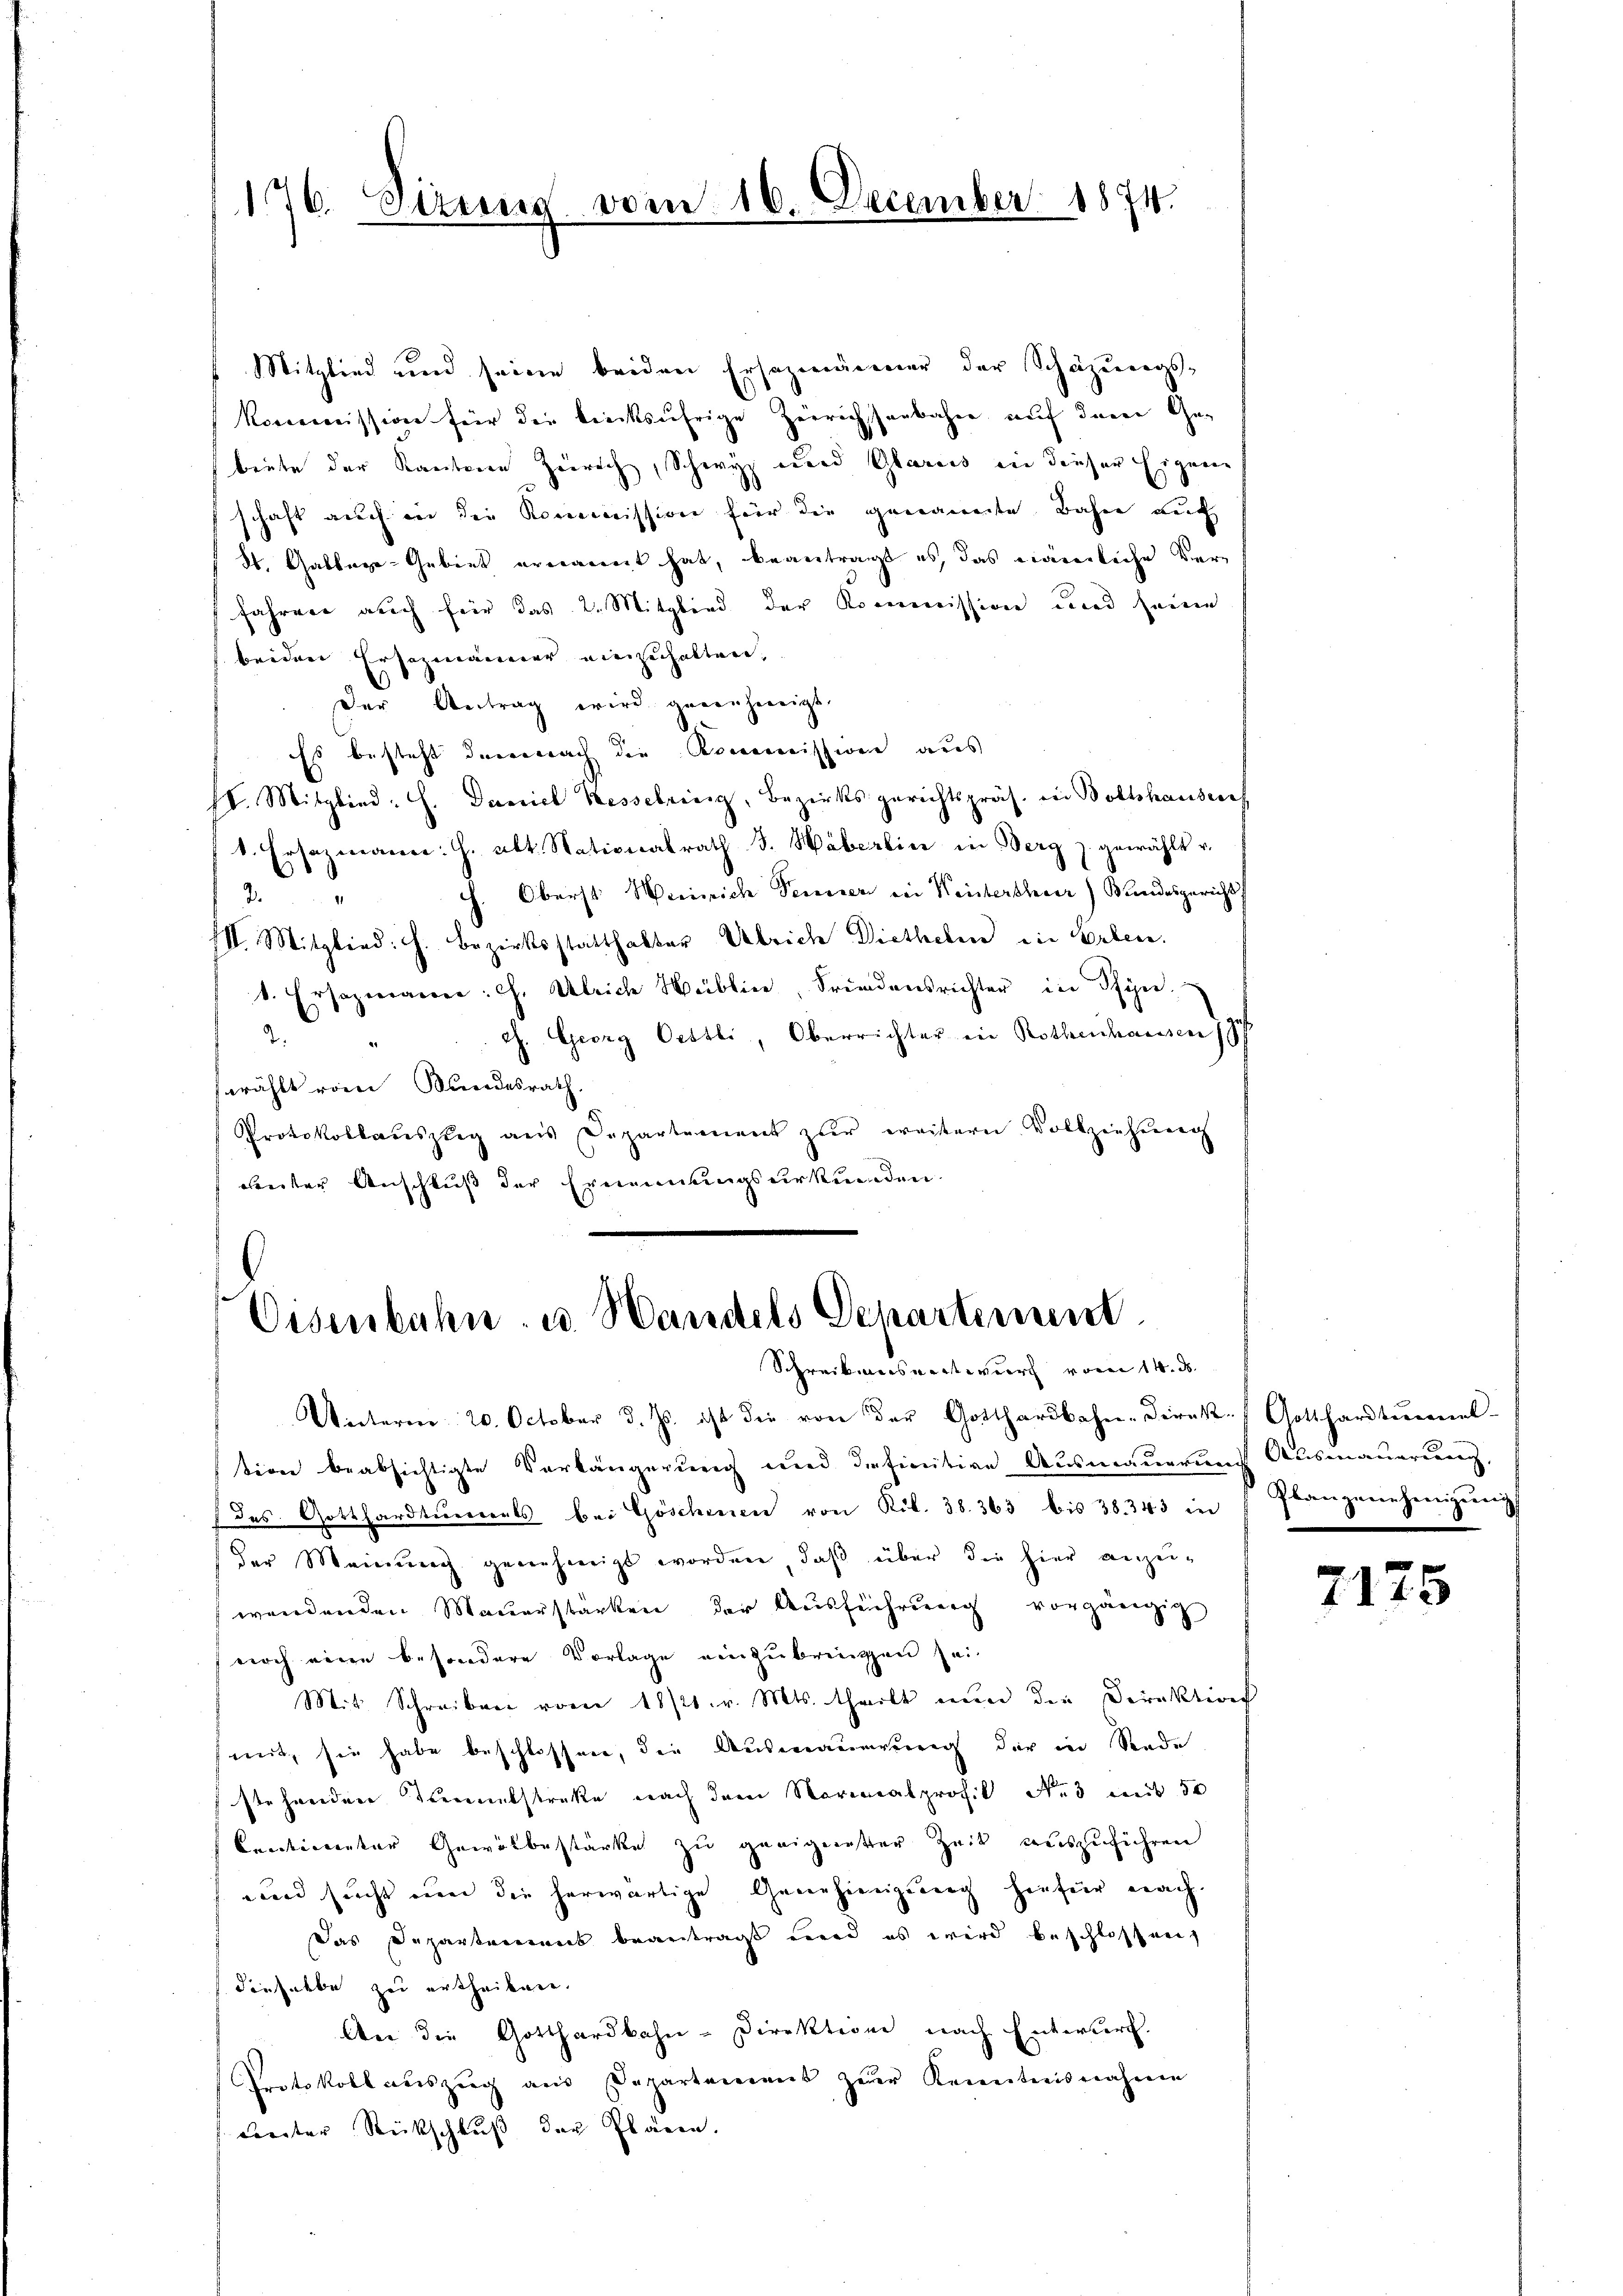
176. Sireren vom 16. December 1874.

Mitglied und seine beiden Ersezmänner der Schazungs-
Kommission für die trinksufrige Zerrichstenbahne auf denen Gebeute der Kantonen Zürich, Schwyz und Glarus in diesen Eigene
schaft auch in der Kommission für die genannte Bahne auf
St. Gablage-Gebiet ernannt hat, beantragt es, das nämliche Verfahren auch für das 2. Mitglied der Kommission und seine
beiden Ersezmänner einzuhalten,
Der Antrag wird gegenhineigt.
Es besteht darnach die Pocommissione aus
II. Mitglied. H. Daniel Besselring, Bezirksgerichtspräs. in Boltshausen
k. Ersatzmann: h. alt. Nationalrath J. Häberlin in Berg z. gewählt v.
h. Oberst Weinrich Tenner in Winterthur) Bundesgericht.
.
III. Mitglied. h. Bezirksstatthalter Ulrich Dietheten in Erben.
1. Ersatzmanne: Ch. Ulrich Hüblin, Friedensrichter in Pfyn.
G. Georg Oettli, Oberrichter ein Rothenhausen,
2.
swählt vom Bundesrath,
Protokollaŭszŭg aŭs Departement zŭr weitern Vollziehŭng
beiter Anschluß der Ernennungsurkunden.

Eisenbahn u. Handels Departement
Schreibensentwurf vom 14. d.

Unterm 20. October d. Js. ist die von der Gotthardbahn-Direk-Gotthardtunnel
tion beabsichtigte Verlängerung und definitive Ausmauerung Ausmauerung,
(des Gotthardtunnerts bei Göschenen von Kil. 38. 363 bis 38. 343 in
der Meinŭng genehmigt worden, daβ über die hier anzŭ-
wendenden Mauerstärken der Ausführung vorgängig
noch eine besondere Vorlage einzubringen sei.
Mit Schreiben vom 18/21. v. Mts. theilt nun die Direktion
mit, sie habe beschlossen, die Ausmauerung der in Rede
stehenden Kennetstreke nach dem Normalprofil No 3 mit 50
Centicanter Gewölbestärke zu geeigneter Zeit auszuführen
und sucht nun die herwärtige Genehmigung hiefür nach
Das Departemens beantragt wird es wird beschlossen
dieselbe zu ertheilen.
An die Gotthardbahn-Direktion nach Enterbert.
Protokoll auszug aus Departamens zur Kenntnisnahme
dierter Rückschluß der Plären.

Planzenehmigung

7175